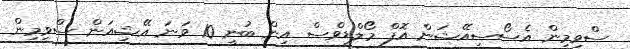
ސްވިމިން އެސޯސިއޭޝަން އޮފް މޯލްޑިވްސް އިން ބުނީ 10 ވަނަ އޭޝިއަން ސްވިމިން